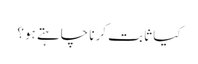
کیا ثابت کرنا چاہتے ہو؟